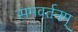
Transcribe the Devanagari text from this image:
समवर्तनम्